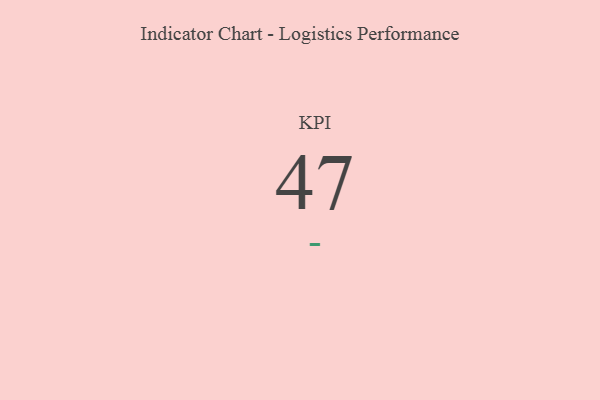
{"axis": {"x": "KPI", "y": "Value"}, "legend": [""], "data": [{"x": "KPI", "y": 47, "type": ""}]}